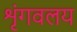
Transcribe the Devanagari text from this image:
शृंगवलय